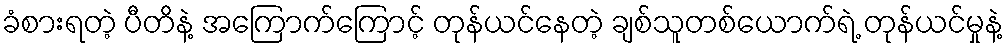
ခံစားရတဲ့ ပီတိနဲ့ အကြောက်ကြောင့် တုန်ယင်နေတဲ့ ချစ်သူတစ်ယောက်ရဲ့ တုန်ယင်မှုနဲ့